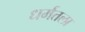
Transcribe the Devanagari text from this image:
धर्मतला